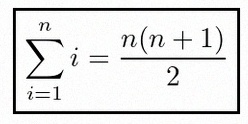
\sum_{i=1}^{n}i=\frac{n(n+1)}2